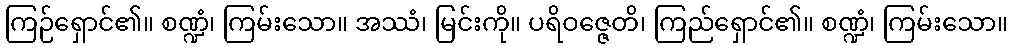
ကြဉ်ရှောင်၏။ စဏ္ဍံ၊ ကြမ်းသော။ အဿံ၊ မြင်းကို။ ပရိဝဇ္ဇေတိ၊ ကြည်ရှောင်၏။ စဏ္ဍံ၊ ကြမ်းသော။